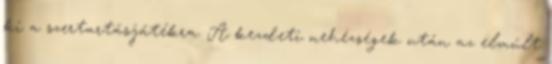
ki a szertartásjátékra. A kezdeti nehézségek után az elmúlt